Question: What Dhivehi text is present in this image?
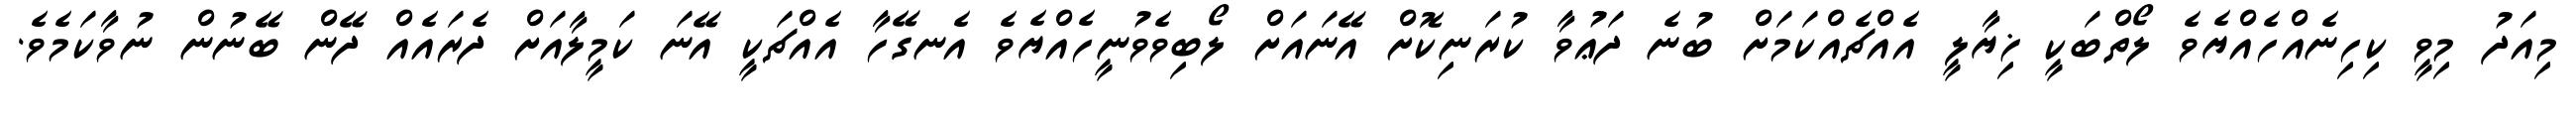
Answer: މިއަދު މިވީ ކިހިނެއްހެއްޔެވެ ލޯތްބަކީ ޚިޔާލީ އެއްޗެއްކަމަށް ބުނެ ދަޢުވާ ކުރަނިކޮށް އޭނައަށް ލޯބިވެވުނީހެއްޔެވެ އެނގޭހާ އެއްޗަކީ އޭނަ ކަމީލާއަށް ދެރައެއް ދޭން ބޭނުން ނުވާކަމެވެ.